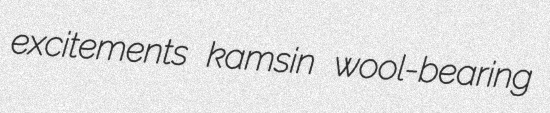
excitements kamsin wool-bearing